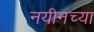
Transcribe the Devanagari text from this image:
नयीनच्या